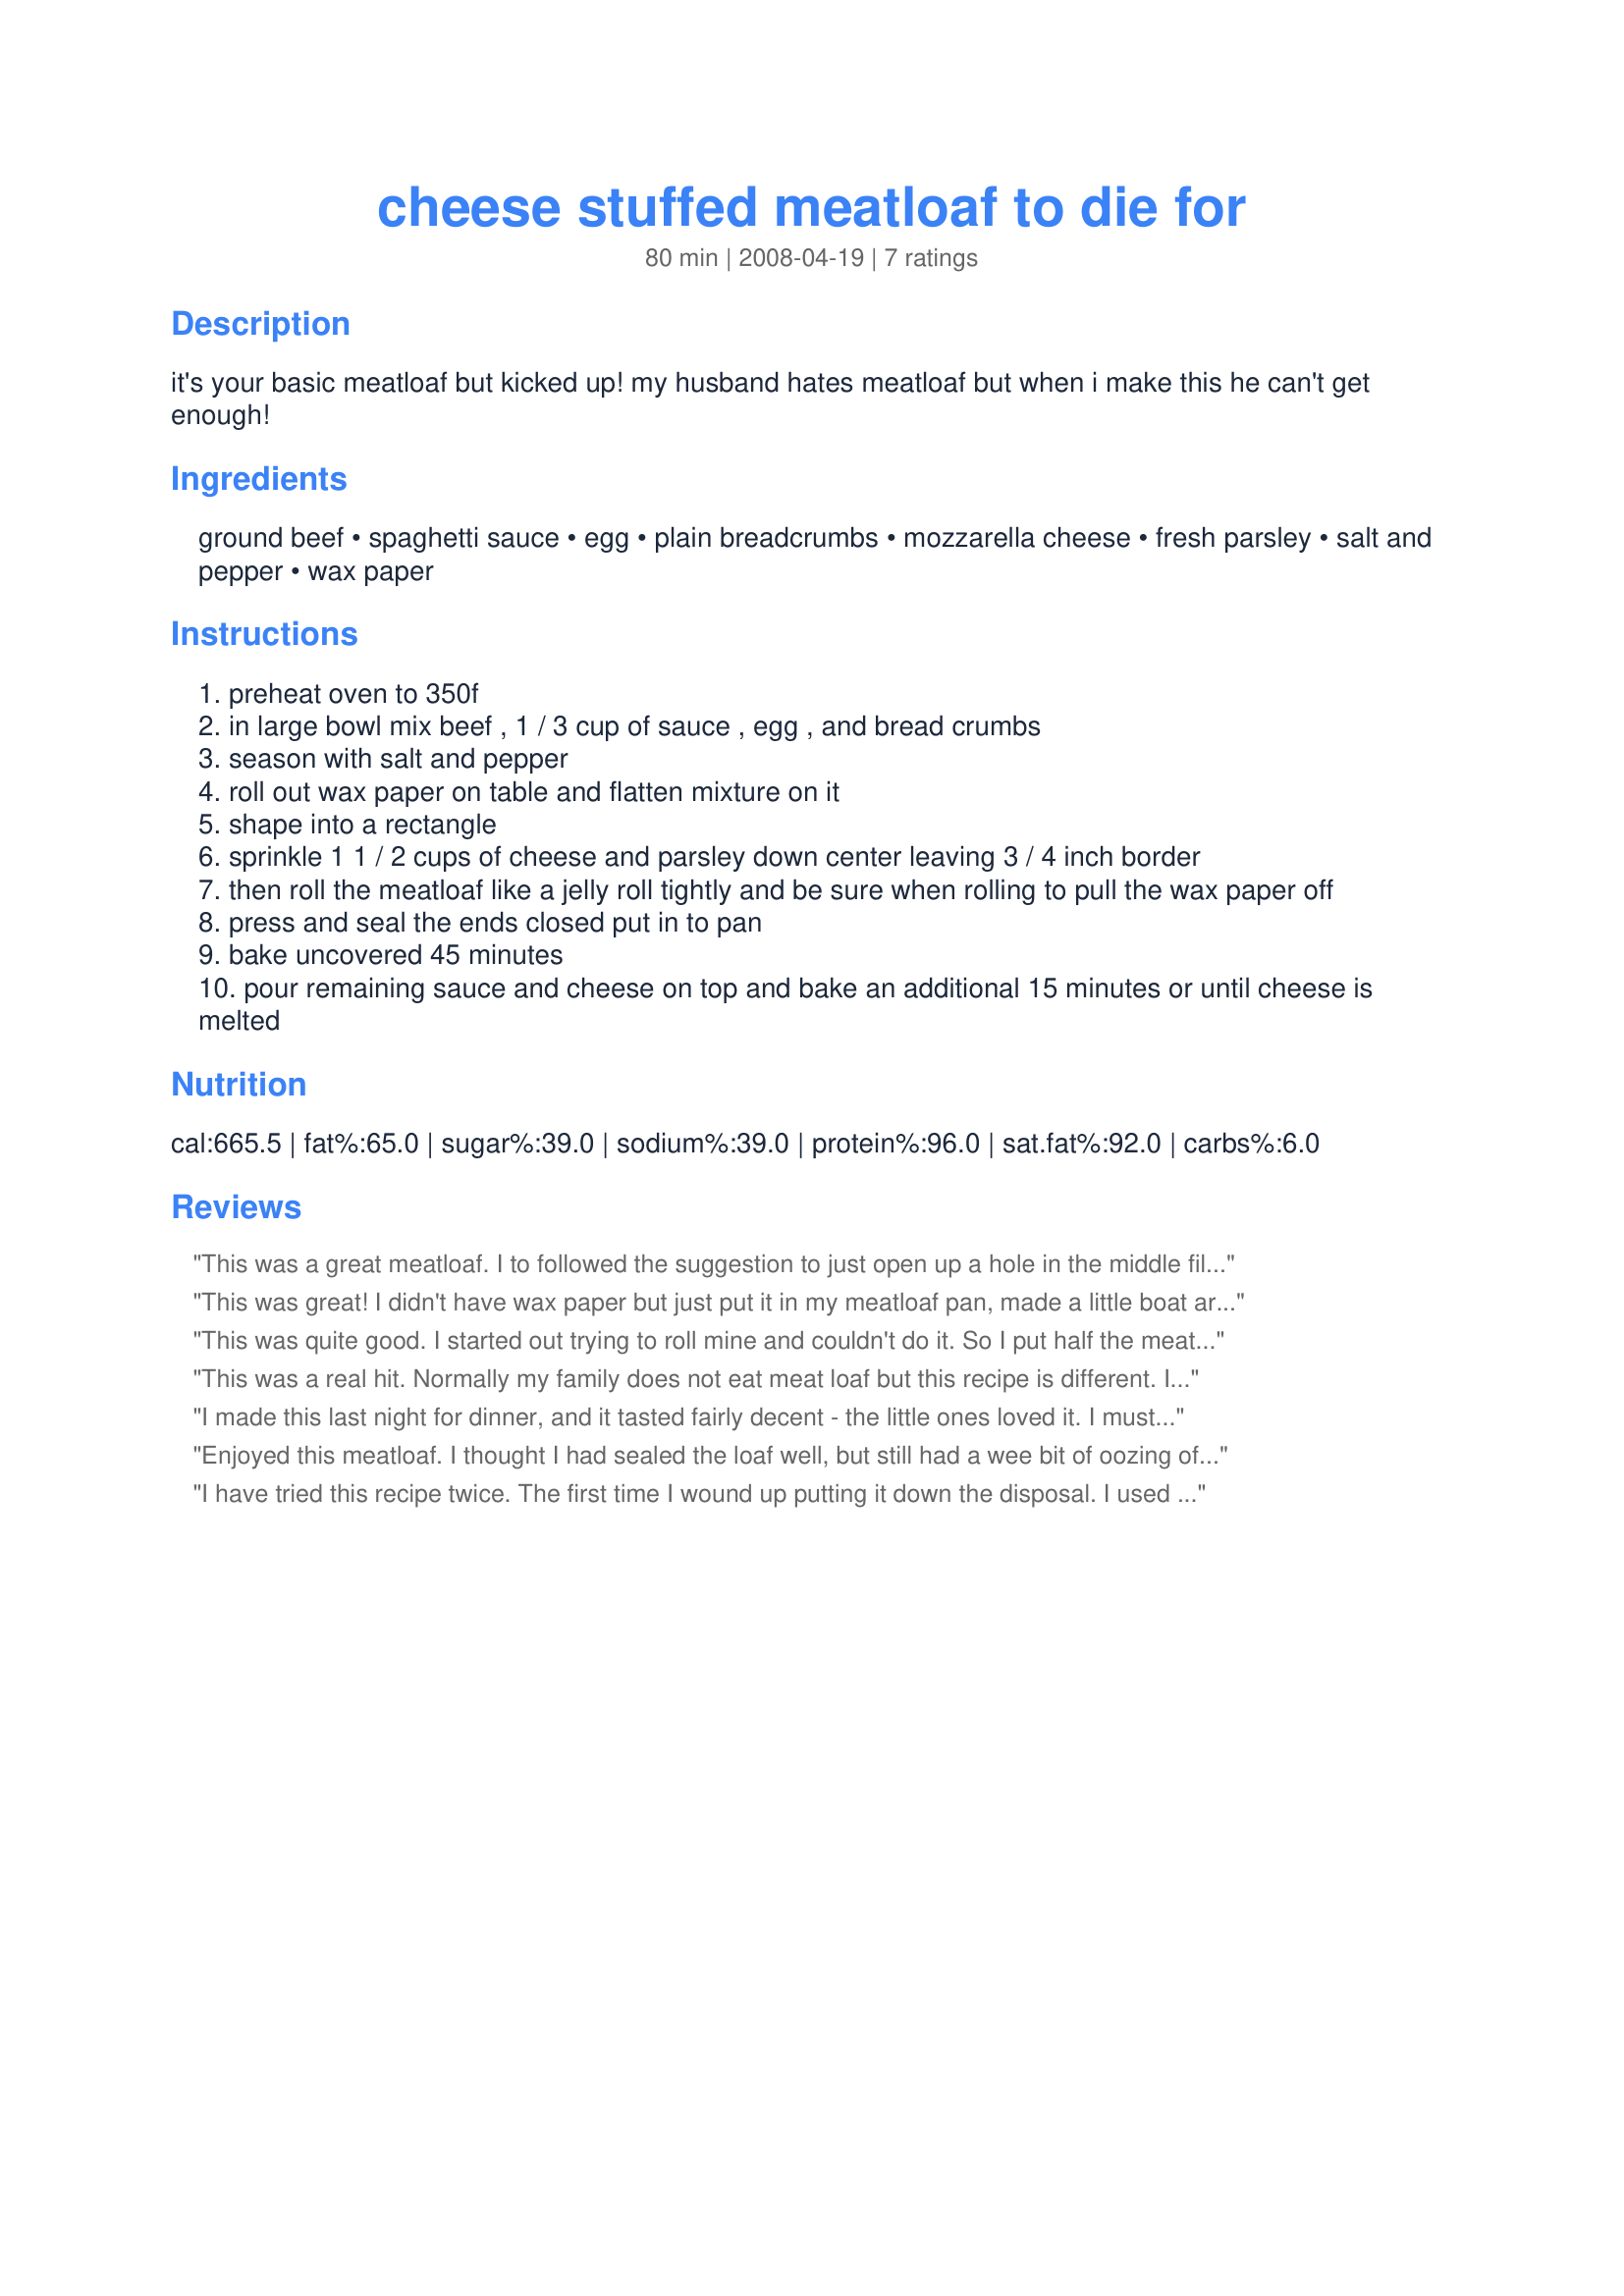
cheese stuffed meatloaf to die for
Preparation time: 80 minutes

it's your basic meatloaf but kicked up! my husband hates meatloaf but when i make this he can't get enough!

Ingredients:
ground beef, spaghetti sauce, egg, plain breadcrumbs, mozzarella cheese, fresh parsley, salt and pepper, wax paper

Steps:
preheat oven to 350f
in large bowl mix beef , 1 / 3 cup of sauce , egg , and bread crumbs
season with salt and pepper
roll out wax paper on table and flatten mixture on it
shape into a rectangle
sprinkle 1 1 / 2 cups of cheese and parsley down center leaving 3 / 4 inch border
then roll the meatloaf like a jelly roll tightly and be sure when rolling to pull the wax paper off
press and seal the ends closed put in to pan
bake uncovered 45 minutes
pour remaining sauce and cheese on top and bake an additional 15 minutes or until cheese is melted

Reviews:
This was a great meatloaf. I to followed the suggestion to just open up a hole in the middle fill it in with the cheese and then just close it up, seemed easier for me. Other then that folled it to the t.
Thanks
This was great! I didn't have wax paper but just put it in my meatloaf pan, made a little boat area and filled with cheese and then closed it up and cooked. It was delicious and a great twist on regular old meatloaf! I served with some parmasan angel hair pasta. Delicious!
This was quite good. I started out trying to roll mine and couldn't do it. So I put half the meatloaf in my baking diosh, sprinkled the cheese on it and put the oother half if the meat mixture on top of that ahd sealed it. I have never put spaghetti sauce in meatloaf before. I will make this again but next time I will add onions to it. I used Monterey Jack cheese instead of Mozzarella because that is what I had on hand. There was a lot of oil in the baking dish after I baked it. I am not sure if it came from the cheese or what. I thought the quality of beef I used was good, but maybe it had more fat than I thought it did. I used Newmans Own Garlic and Peppers pasta sauceIt was really good!! sauce. Thanks for sharing your recipe. Made for PAC Fall '08.
This was a real hit. Normally my family does not eat meat loaf but this recipe is different. 
It was truly enjoyed by everyone. 
I made it exactly as the recipe indicates and it was grand. It had a nice flavor. It tasted more like a baked meatball once the sause and cheese was added.
ENJOY!
I made this last night for dinner, and it tasted fairly decent - the little ones loved it. I must admit, the parsley added a nice flavor to it. However, the meat was extremely difficult to roll up, I had to call my older sister in to help me, and even then we ended up just not rolling it. All in all, it was an all right dish, but I don't plan on making it again.
Enjoyed this meatloaf. I thought I had sealed the loaf well, but still had a wee bit of oozing of the cheese. I used Healthy Choice pasta sauce as I don't care much for Ragu. Made for PAC Fall '08. :)
I have tried this recipe twice. The first time I wound up putting it down the disposal. I used cheddar cheese instead of the mozzarella and thought that might be my problem. The meatloaf did not cook in 60 minutes. I put it back in the oven several times until it was burned on the outside and raw in the middle. <br/>Today I thought I'd try it again. I used mozzarella this time and followed the recipe exactly. Rolling it was not a problem but I didn't get it sealed totally and did have some seepage. After 45 minutes I could see blood in this seepage so I put it back for another 15 minutes. After that 15 minutes I cut through the middle and it once again was raw. <br/>I'm not sure what I am doing wrong but 1-1/2 pounds of ground beef should cook in 60 minutes. I do not have a problem with my oven temperature with any other foods so don't think that is the problem. Does anyone have any suggestions?
